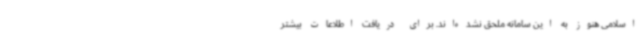
اسلامی هنوز به این سامانه ملحق نشده‌اند. برای دریافت اطلاعات بیشتر